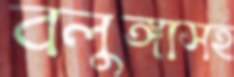
বলুঙ্গাসহ